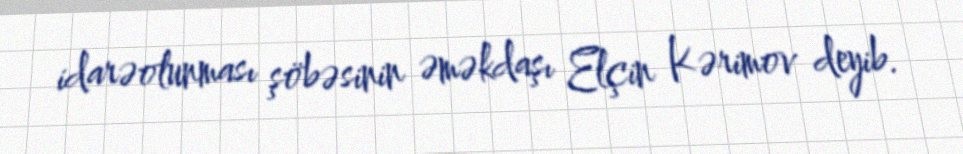
idarəolunması şöbəsinin əməkdaşı Elçin Kərimov deyib.